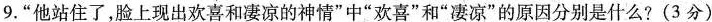
9.”他站住了，脸上现出欢喜和凄凉的神情”中”欢喜”和”凄凉”的原因分别是什么?(3分)